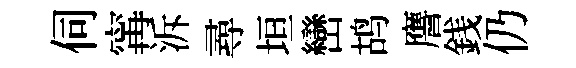
伺𡩋泝尋垣巒鸪譍銭仍